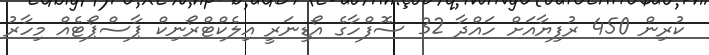
ކުރިން 450 ރުފިޔާއަށް ހައްދާ 32 ސޮފްހާގެ އޯޑިނަރީ އިލެކްޓްރޯނިކް ޕާސްޕޯޓެއް މިހާރު